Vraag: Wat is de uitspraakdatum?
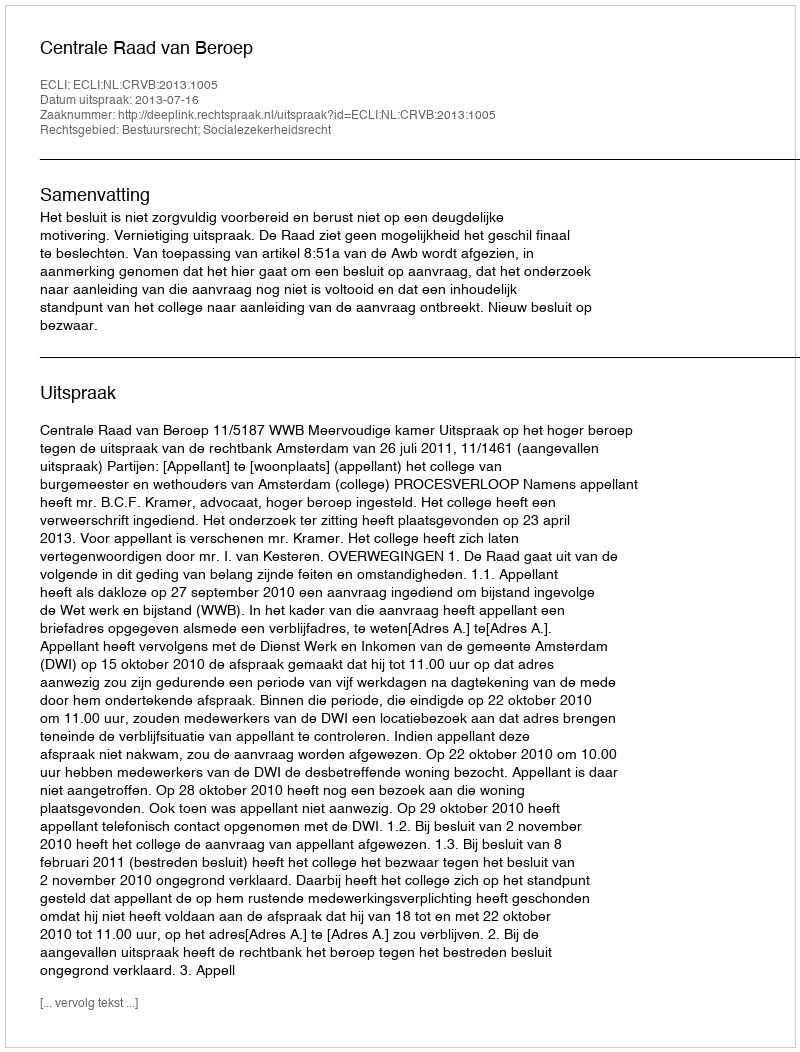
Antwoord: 2013-07-16